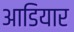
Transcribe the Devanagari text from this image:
आडियार